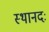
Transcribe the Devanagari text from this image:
स्थानदः